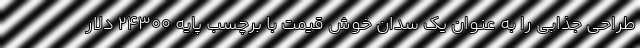
طراحی جذابی را به عنوان یک سدان خوش قیمت با برچسب پایه 24300 دلار